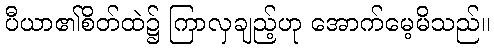
ပီယာ၏စိတ်ထဲ၌ ကြာလှချည့်ဟု အောက်မေ့မိသည်။